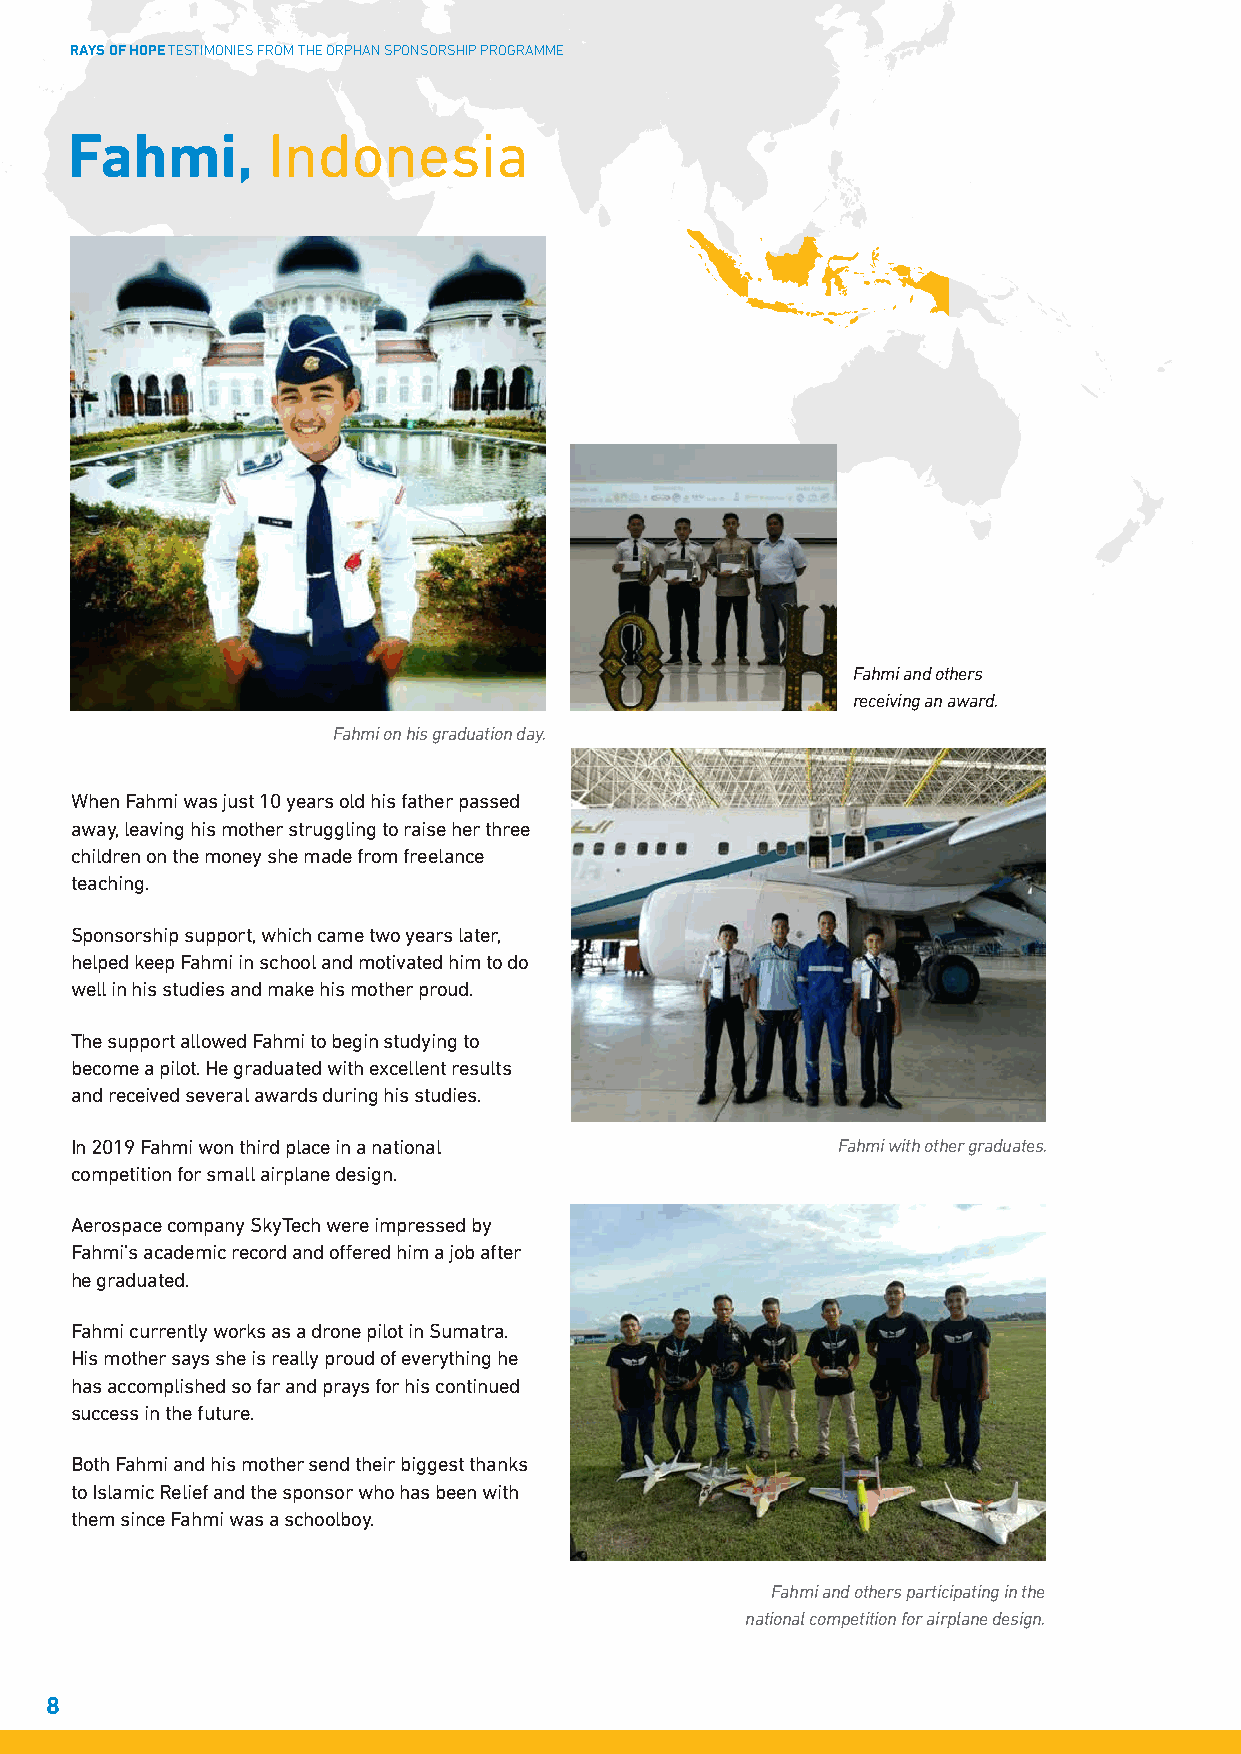
RAYS OF HOPE TESTIMONIES FROM THE ORPHAN SPONSORSHIP PROGRAMME
 Fahmi,        Indonesia
 Fahmi and others
 receiving an award.
 Fahmi on his graduation day.
 When Fahmi was just 10 years old his father passed
 away, leaving his mother struggling to raise her three
 children on the money she made from freelance
 teaching.
 Sponsorship support, which came two years later,
 helped keep Fahmi in school and motivated him to do
 well in his studies and make his mother proud.
 The support allowed Fahmi to begin studying to
 become a pilot. He graduated with excellent results
 and received several awards during his studies.
 In 2019 Fahmi won third place in a national       Fahmi with other graduates.
 competition for small airplane design.
 Aerospace company SkyTech were impressed by
 Fahmi’s academic record and offered him a job after
 he graduated.
 Fahmi currently works as a drone pilot in Sumatra.
 His mother says she is really proud of everything he
 has accomplished so far and prays for his continued
 success in the future.
 Both Fahmi and his mother send their biggest thanks
 to Islamic Relief and the sponsor who has been with
 them since Fahmi was a schoolboy.
 Fahmi and others participating in the
 national competition for airplane design.
 8